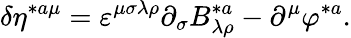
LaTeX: \delta\eta^{*a\mu}=\varepsilon^{\mu\sigma\lambda\rho}\partial_{\sigma}B_{\lambda\rho}^{*a}-\partial^{\mu}\varphi^{*a}.